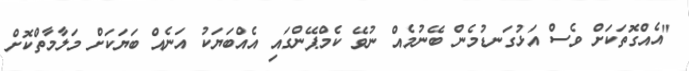
"އެއްގޮތަކަށް ވެސް އަޅުގަނޑުމެން ބޭނުމެއް ނުވޭ ކެމްޕޭންގައި އެއްބަޔަކު އަނެއް ބަޔަކަށް މަލާމާތްކޮށް